Report of the Indian Hemp Drugs Commission, 1894-1895 - Volume III
Year: 1894
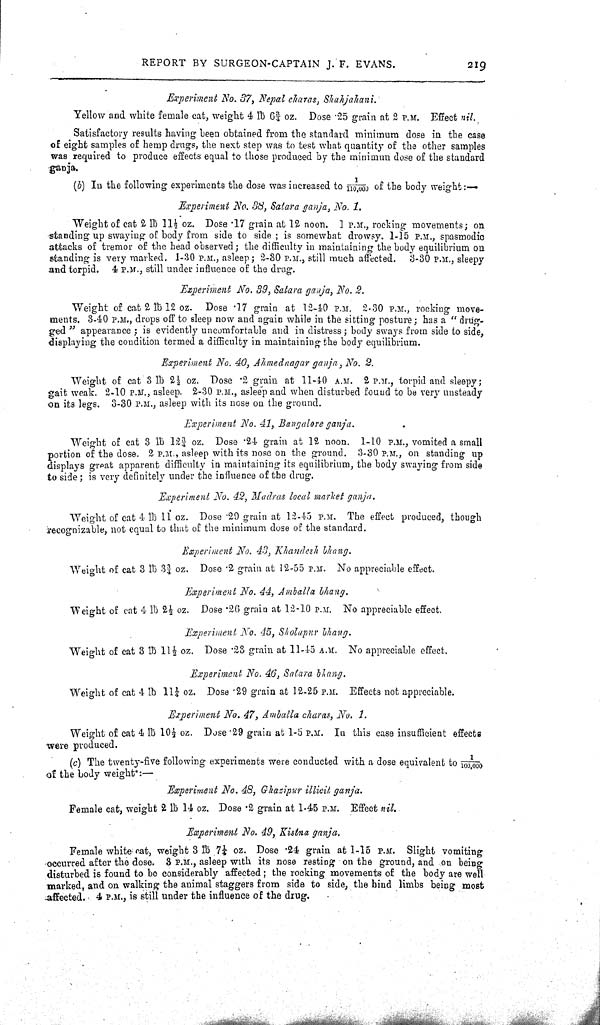
REPORT BY SURGEON-CAPTAIN J. F. EVANS.
219
Experiment No. 37, Nepal charas, Shahjahani.
Yellow and white female cat, weight 4 lb 63/4 oz. Dose .25 grain at 2 P.M. Effect nil.
Satisfactory results having been obtained from the standard minimum dose in the case
of eight samples of hemp drugs, the next step was to test what quantity of the other samples
was required to produce effects equal to those produced by the minimun dose of the standard
ganja.
(b) In the following experiments the dose was increased to 1/110,000 of the body weight:—
Experiment No. 38, Satara ganja, No. 1.
Weight of cat 2 lb 111/2 oz. Dose .17 grain at 12 noon. 1 P.M., rocking movements; on
standing up swaying of body from side to side; is somewhat drowsy. 1-15 P.M., spasmodic
attacks of tremor of the head observed; the difficulty in maintaining the body equilibrium on
standing is very marked. 1-30 P.M., asleep; 2-30 P.M., still much affected. 3-30 P.M., sleepy
and torpid. 4 P.M., still under influence of the drug.
Experiment No. 39, Satara ganja, No. 2.
Weight of cat 2 lb 12 oz. Dose .17 grain at 12-40 P.M. 2-30 P.M., rocking move-
ments. 3-40 P.M., drops off to sleep now and again while in the sitting posture; has a "drug-
ged " appearance; is evidently uncomfortable and in distress; body sways from side to side,
displaying the condition termed a difficulty in maintaining the body equilibrium.
Experiment No. 40, Ahmednagar ganja, No. 2.
"Weight of cat 3 lb 21/2 oz. Dose .2 grain at 11-40 A.M. 2 P.M., torpid and sleepy;
gait weak. 2-10 P.M., asleep. 2-30 P.M., asleep and when disturbed found to be very unsteady
on its legs. 3-30 P.M., asleep with its nose on the ground.
Experiment No. 41, Bangalore ganja.
Weight of cat 3 lb 123/4 oz. Dose .24 grain at 12 noon. 1-10 P.M., vomited a small
portion of the dose. 2 P.M., asleep with its nose on the ground. 3-30 P.M., on standing up
displays great apparent difficulty in maintaining its equilibrium, the body swaying from side
to side; is very definitely under the influence of the drug.
Experiment No. 42, Madras local market ganja.
Weight of cat 4 lb 11 oz. Dose .29 grain at 12-45 P.M. The effect produced, though
recognizable, not equal to that of the minimum dose of the standard.
Experiment No. 43, Khandesh bhang.
Weight of cat 3 lb 33/4 oz. Dose .2 grain at 12-55 P.M. No appreciable effect.
Experiment No. 44, Amballa bhang.
Weight of cat 4 lb 21/2 oz. Dose .26 grain at 12-10 P.M. No appreciable effect.
Experiment No. 45, Sholapur bhang.
Weight of cat 3 lb 111/2 oz. Dose .23 grain at 11-45 A.M. No appreciable effect.
Experiment No. 46, Satara bhang.
Weight of cat 4 lb 111/4 oz. Dose .29 grain at 12-25 P.M. Effects not appreciable.
Experiment No. 47, Amballa charas, No. 1.
Weight of cat 4 lb 101/2 oz. Dose .29 grain at 1-5 P.M. In this case insufficient effects
were produced.
(c) The twenty-five following experiments were conducted with a dose equivalent to 1/100,000
of the body weight:—
Experiment No. 48, Ghazipur illicit ganja.
Female cat, weight 2 lb 14 oz. Dose .2 grain at 1-45 P.M. Effect nil.
Experiment No. 49, Kistna ganja.
Female white cat, weight 3 lb 71/4 oz. Dose .24 grain at 1-15 P.M. Slight vomiting
occurred after the dose. 3 P.M., asleep with its nose resting on the ground, and on being
disturbed is found to be considerably affected; the rocking movements of the body are well
marked, and on walking the animal staggers from side to side, the hind limbs being most
affected. 4 P.M., is still under the influence of the drug.